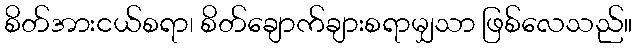
စိတ်အားငယ်စရာ၊ စိတ်ချောက်ချားစရာမျှသာ ဖြစ်လေသည်။